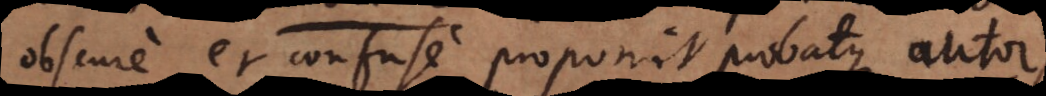
obscure et confuse proponit probatque autor.